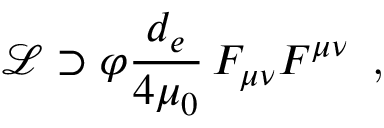
\mathcal { L } \supset \varphi \frac { d _ { e } } { 4 \mu _ { 0 } } \, F _ { \mu \nu } F ^ { \mu \nu } \, \textrm { , }